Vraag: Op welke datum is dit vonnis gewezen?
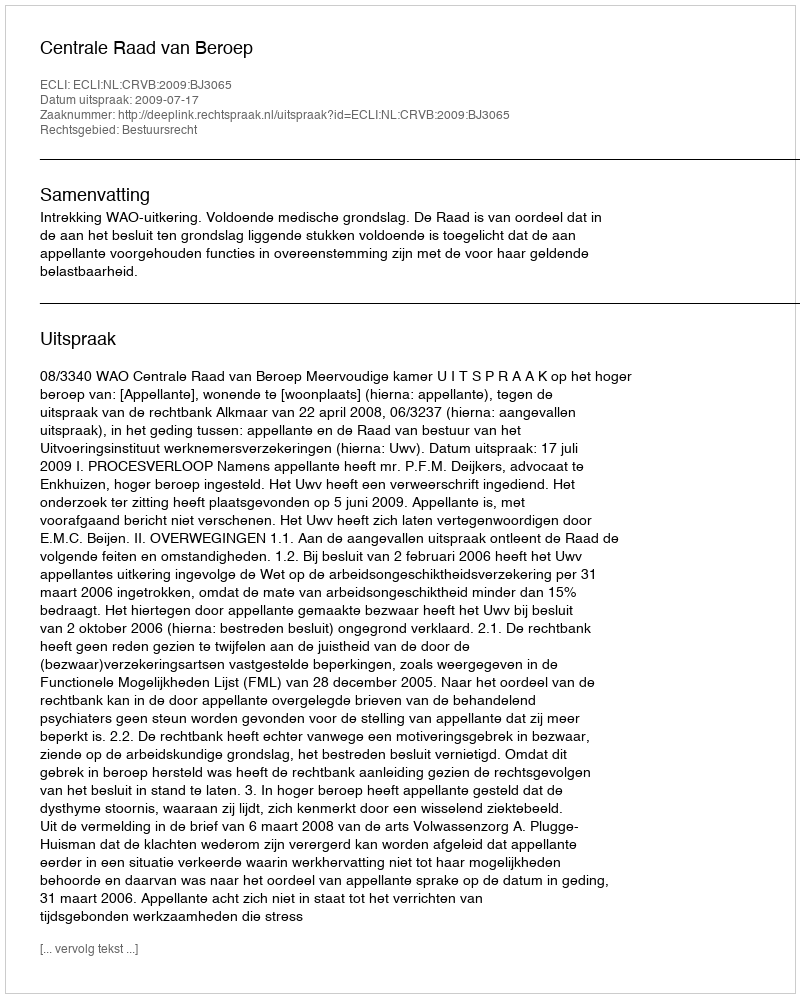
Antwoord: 2009-07-17